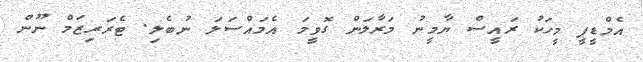
އެމްޑީޕީ މީހަކު ރައީސް ޔާމީނު މަރާލަން ގޮވީމަ އެމައްސަލަ ނުބެލި. ޓެރަރިޒަމް ނޫން